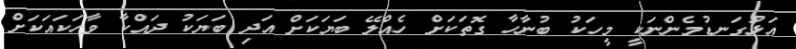
އަޅުގަނޑުމެންނަކީ މީހަކު ބުނާހާ ގޮތަކަށް ހެއްލޭ ބަޔަކަށް އަދި ބަޔަކު ދައްކާ ވާހަކައަކަށް